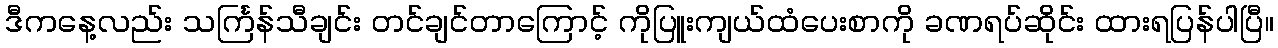
ဒီကနေ့လည်း သင်္ကြန်သီချင်း တင်ချင်တာကြောင့် ကိုပြူးကျယ်ထံပေးစာကို ခဏရပ်ဆိုင်း ထားရပြန်ပါပြီ။